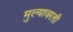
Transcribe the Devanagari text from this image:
मुल्यावरती